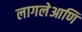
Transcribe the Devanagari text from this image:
लागलेआणि